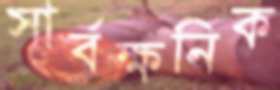
সার্বক্ষনিক